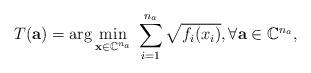
LaTeX: \begin{align*}T(\mathbf{a}) = \arg\min_{\substack{\mathbf{x}\in \mathbb{C}^{n_a}}}\; \sum_{i=1}^{n_a} \sqrt{f_i(x_i)},\forall \mathbf{a}\in \mathbb{C}^{n_a},\end{align*}